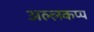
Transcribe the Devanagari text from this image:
अल्लकप्प